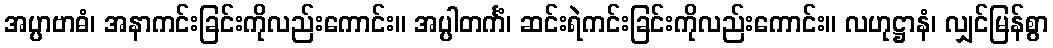
အပ္ပာဗာဓံ၊ အနာကင်းခြင်းကိုလည်းကောင်း။ အပ္ပါတင်္ကံ၊ ဆင်းရဲကင်းခြင်းကိုလည်းကောင်း။ လဟုဋ္ဌာနံ၊ လျှင်မြန်စွာ